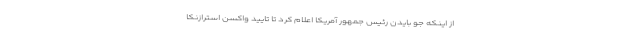
از اینکه جو بایدن رئیس جمهور آمریکا اعلام کرد تا تایید واکسن استرازنکا